Leningradi_Edasi_toimetus, lk 87
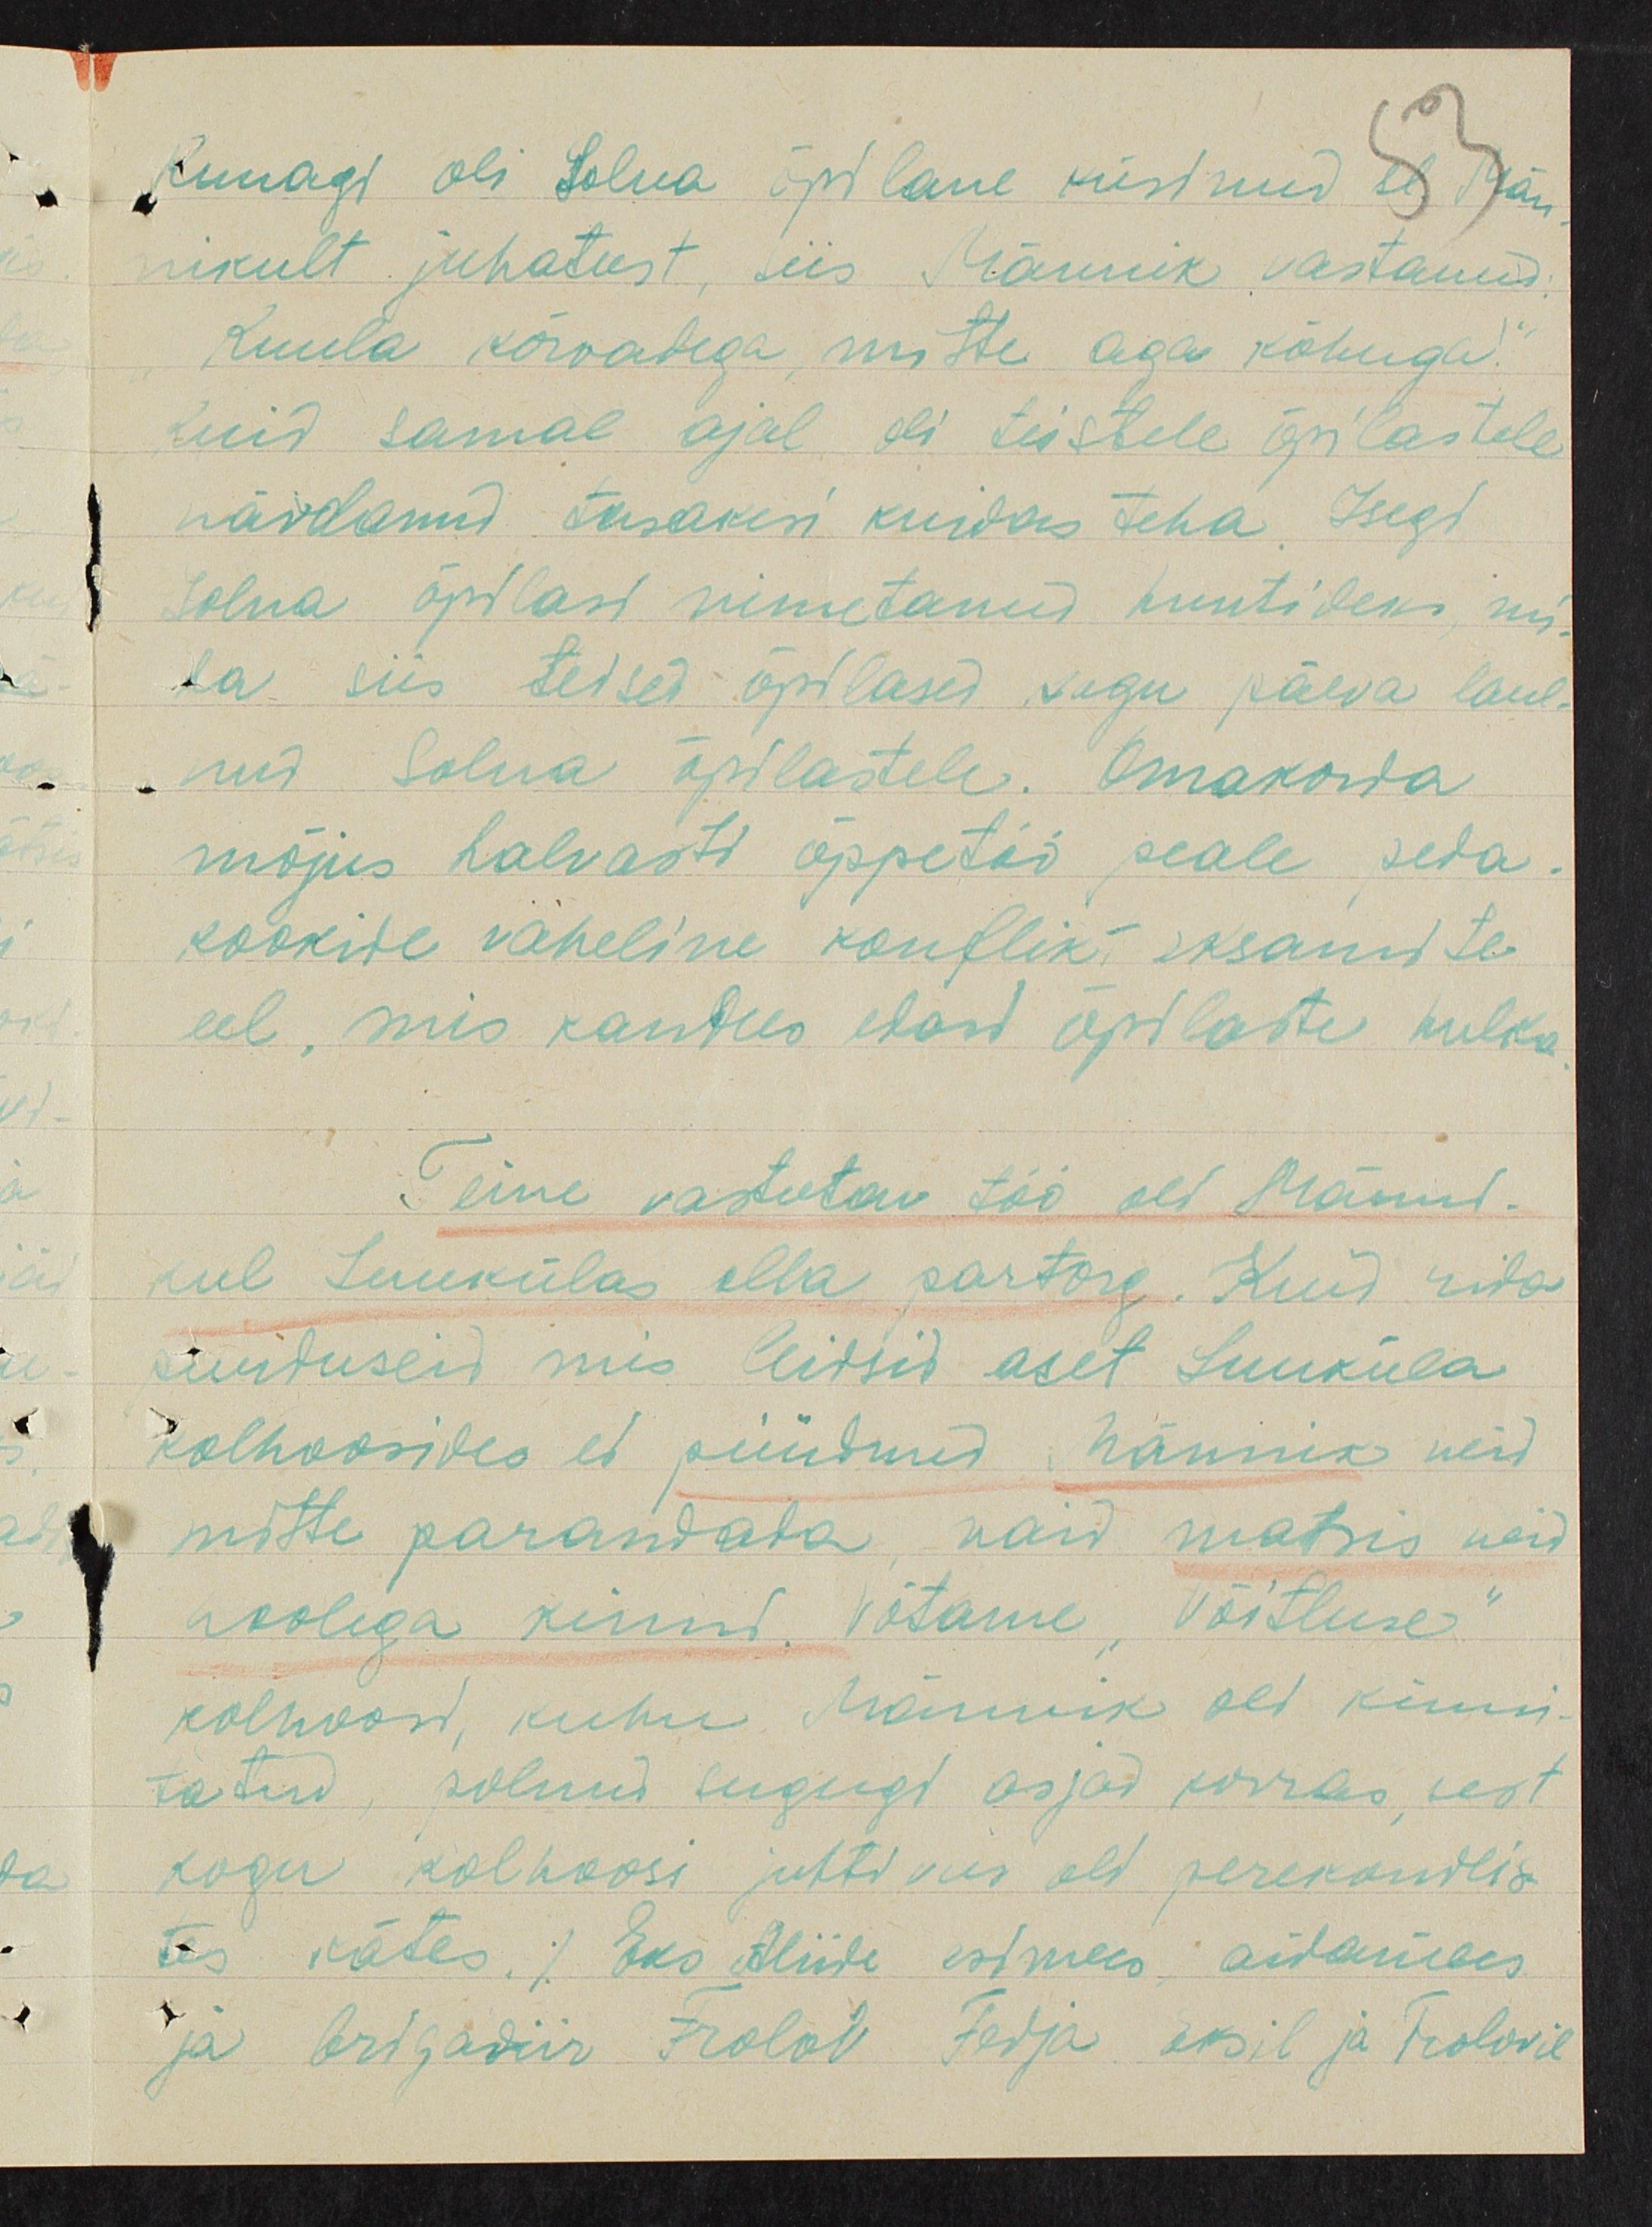
Kunagi oli Solna õpilane küsinud sl Män-
nikult juhatust, siis Männik vastanud,
Kuula kõrvatega mitte aga kõhuga.
Kuid samal ajal oli teistele õpilastele
näidanud tasakesi kuidas teha. Isegi
Solna õpilast nimetanud kuutideks, nii
ta siis teised õpilased nagu päeva laul-
nud Solna õpilastele. Omakorda
mõjus halvasti õppetöö peale peda-
kookide vaheline konflik eksamite
eel, mis kandus edasi õpilaste hulka.
Teine vastutav töö oli Männk-
kul Luukülas olla partorg. Kuid rida
puituseid mis leitsid aset Luuküla
kolhoosides et püüdnud Männik neid
mitte parandada, Vaid matsis neid
Hooliga kinnid Võtame "Võitluse"
kolhoosi, kuhu Männik oli kinni-
tatud, polnud sugugi asjad korras, sest
kogu kolhoosi juhtivus oli perekondlis-
tes kätes.) Eks Aliide esimees aidamees
ja brigadiir Frolov Fedja Eksil ja Trolovil